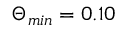
\Theta _ { m i n } = 0 . 1 0